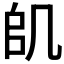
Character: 𠙋